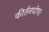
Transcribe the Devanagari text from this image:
कीर्तनघोषा